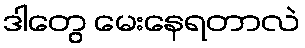
ဒါတွေ မေးနေရတာလဲ